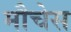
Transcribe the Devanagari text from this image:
मौचेस